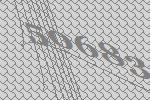
50683